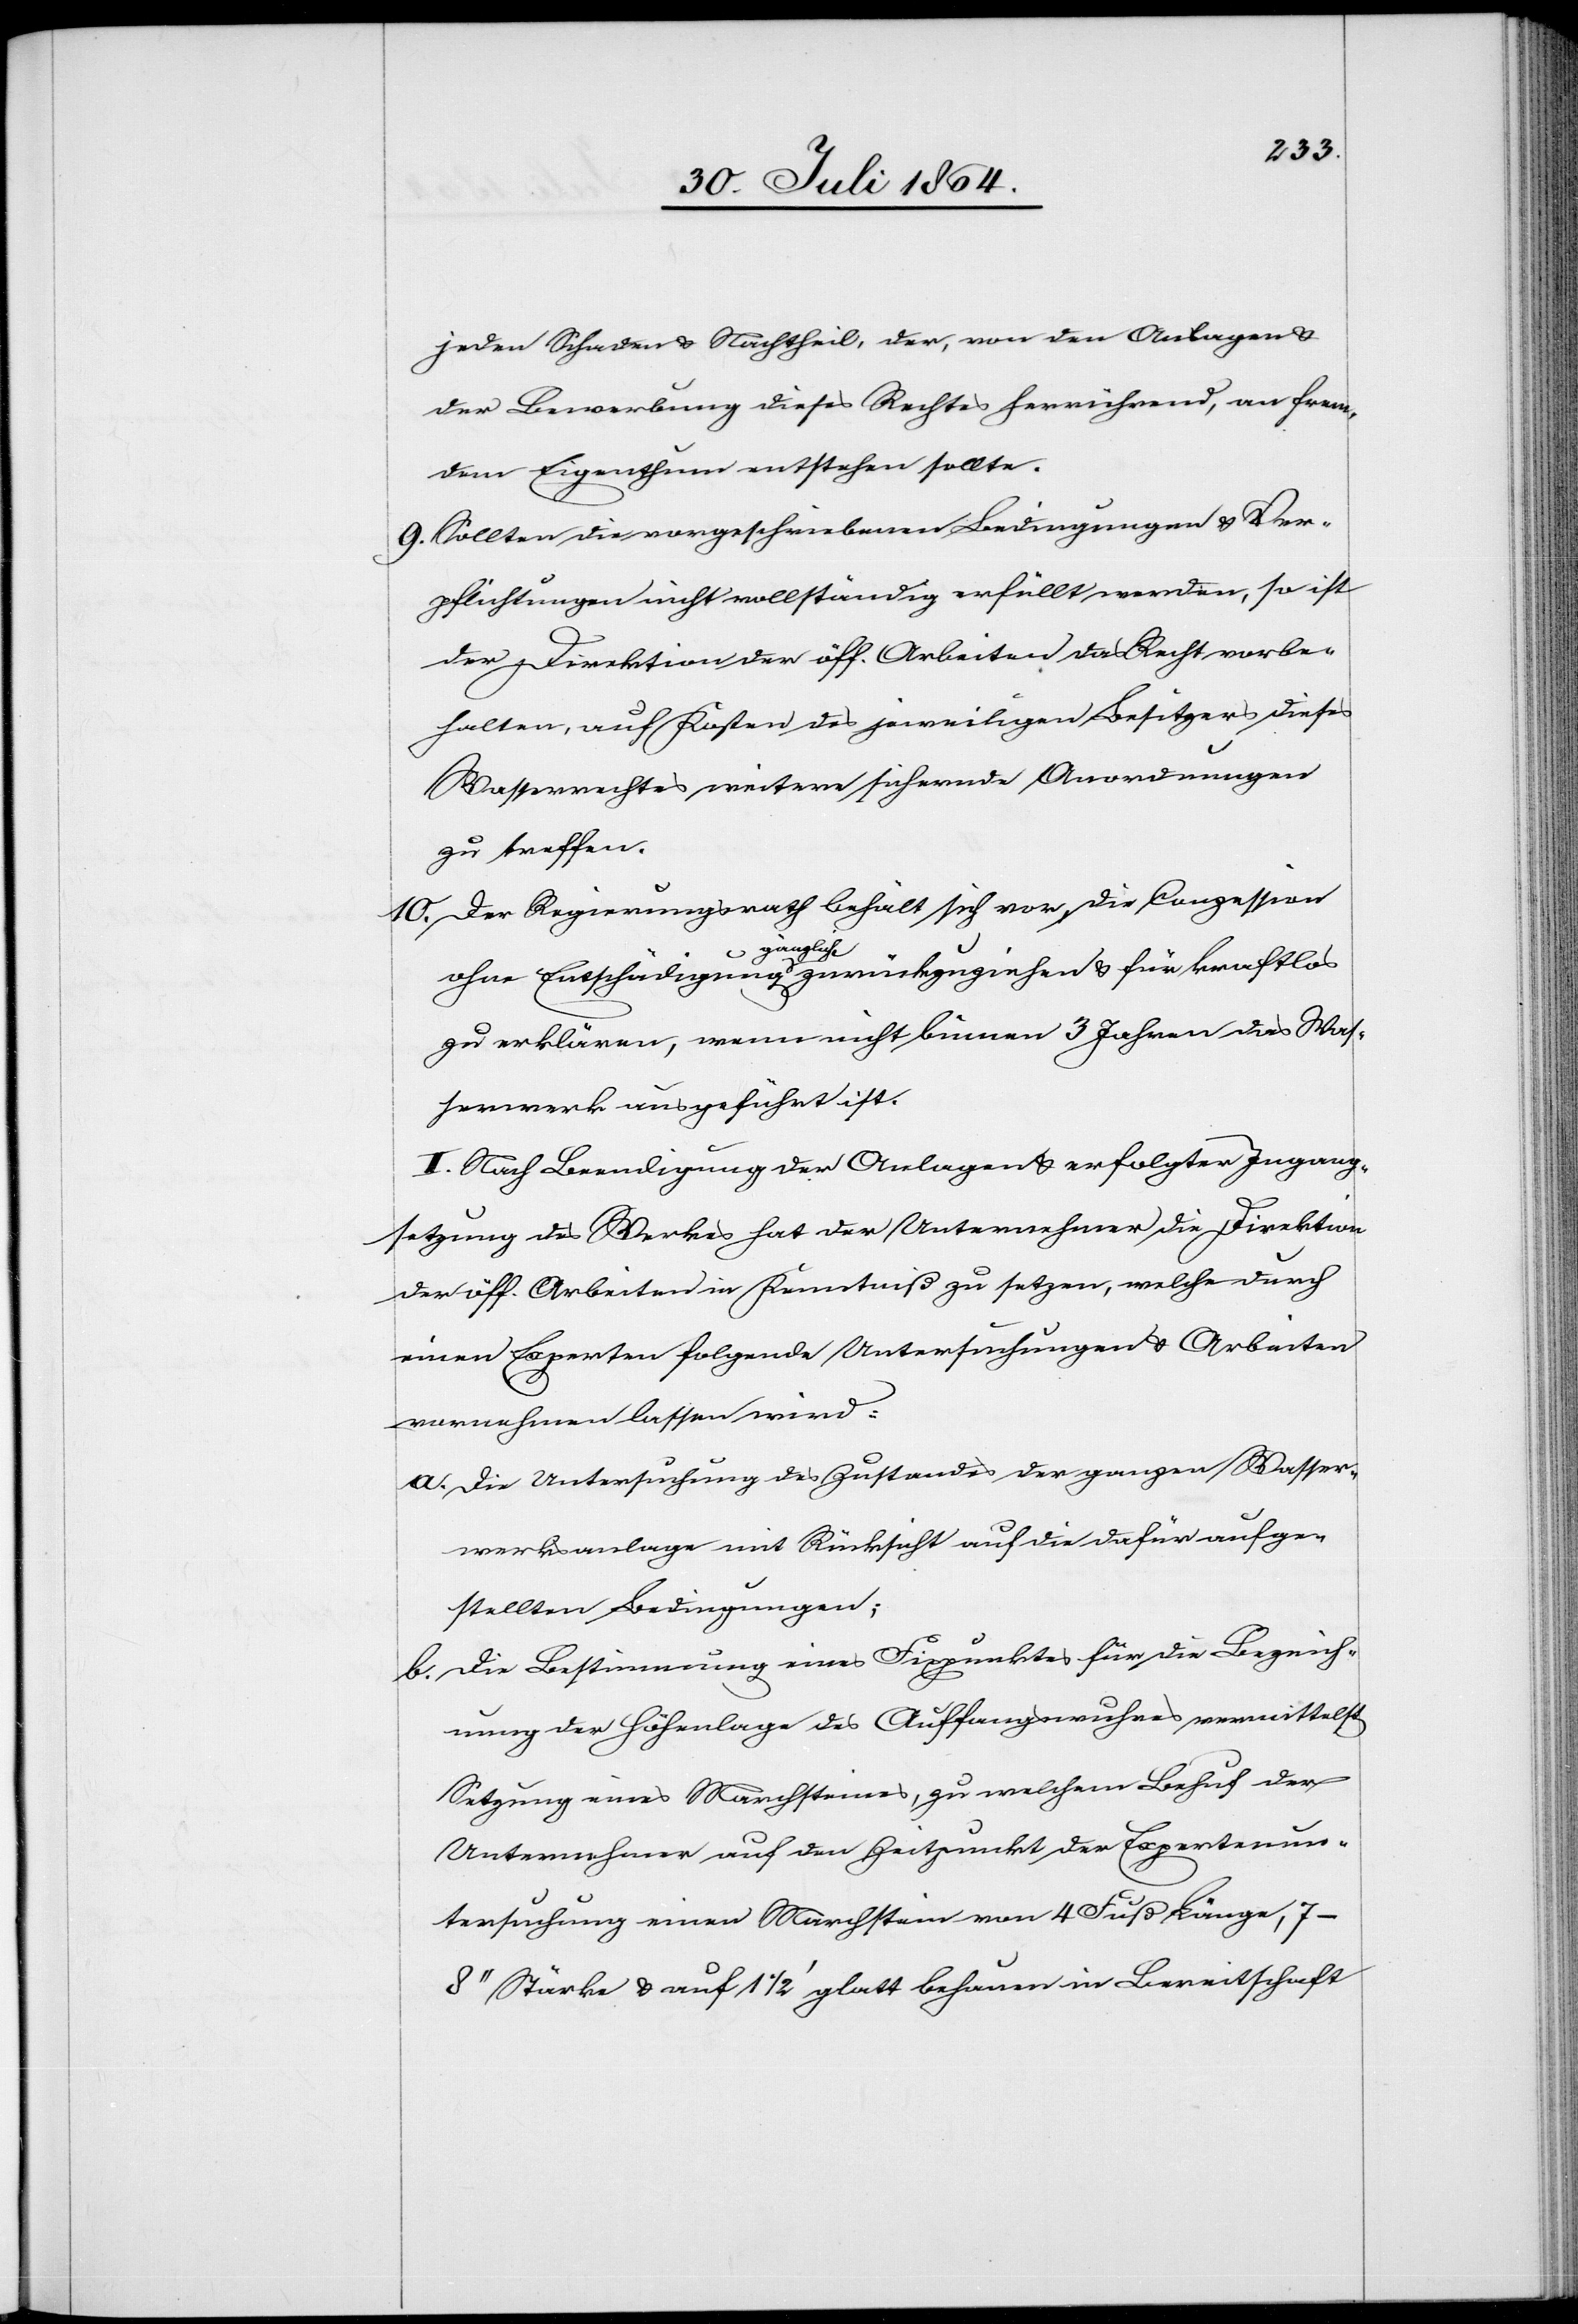
jeden Schaden & Nachtheil, der, von den Anlagen &
der Bewerbung dieses Rechtes herrichtend, an frem¬
dem Eigenthum entstehen sollte.
9.	Sollten die vorgeschriebenen Bedingungen & Ver¬
pflichtungen nicht vollständig erfüllt werden, so ist
der Direktion der öff. Arbeiten das Recht vorbe¬
halten, auf Kosten des jeweiligen Besitzers dieses
Wasserrechtes weitere sichernde Anordnungen
zu treffen.
10. Der Regierungsrath behält sich vor, die Conzession
a-gänzlich-a
zu erklären, wenn nicht binnen 3 Jahren das Was¬
serwerk ausgeführt ist.
II. Nach Beendigung der Anlagen & erfolgter Ingang¬
setzung des Werkes hat der Unternehmer die Direktion
der öff. Arbeiten in Kenntniß zu setzen, welche durch
einen Experten folgende Untersuchungen & Arbeiten
vornehmen lassen wird:
a.	Die Untersuchung des Zustandes der ganzen Wasser¬
werksanlage mit Rücksicht auf die dafür aufge¬
stellten Bedingungen;
b.	Die Bestimmung eines Fixpunktes für die Bezeich¬
nung der Höhenlage des Auffangwuhres vermittelst
Setzung eines Marchsteines, zu welchem Behuf der
Unternehmer auf den Zeitpunkt der Expertenun¬
tersuchung einen Marchstein von 4 Fuß Länge,
Stärke & auf 1 1/2’ glatt behauen in Bereitschaft